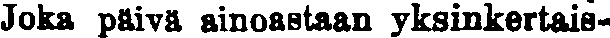
Joka päivä ainoastaan yksinkertais-